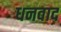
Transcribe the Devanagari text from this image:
धनवाद